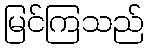
မြင်ကြသည်